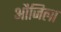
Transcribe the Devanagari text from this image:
औजिला